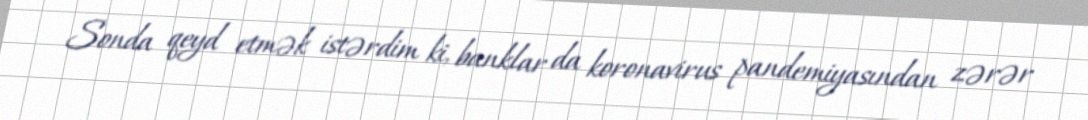
Sonda qeyd etmək istərdim ki, banklar da koronavirus pandemiyasından zərər